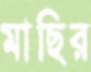
মাছির